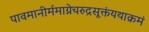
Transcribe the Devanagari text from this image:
पावमानीर्ममाग्नेचरुद्रसूक्तंयथाक्रमं